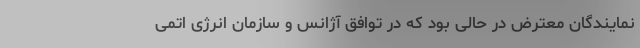
نمایندگان معترض در حالی بود که در توافق آژانس و سازمان انرژی اتمی